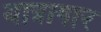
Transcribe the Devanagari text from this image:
यात्रागार